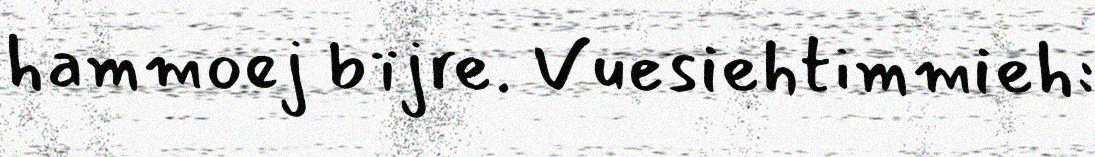
hammoej bïjre. Vuesiehtimmieh: